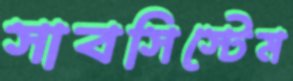
সাবসিস্টেম